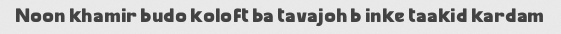
Noon khamir budo koloft ba tavajoh b inke taakid kardam